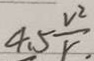
4 . 5 \frac { v ^ { 2 } } { r . }